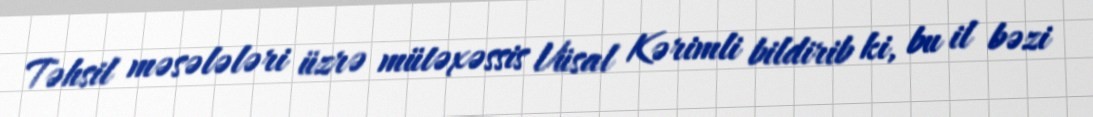
Təhsil məsələləri üzrə mütəxəssis Vüsal Kərimli bildirib ki, bu il bəzi